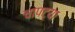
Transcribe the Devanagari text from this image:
चापट्या